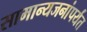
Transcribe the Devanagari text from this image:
सामान्यजनांपर्यंत